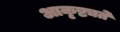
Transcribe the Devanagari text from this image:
आकृष्ट्यते